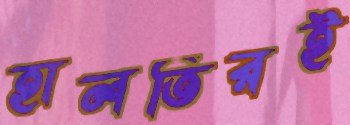
হালতিরই